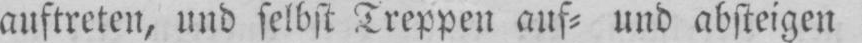
auftreten, und selbst Treppen auf⸗ und absteigen